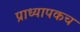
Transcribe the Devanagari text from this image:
प्राध्यापकच